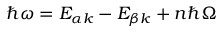
\hbar \omega = E _ { \alpha k } - E _ { \beta k } + n \hbar \Omega